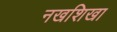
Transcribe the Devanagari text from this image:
नखशिखा